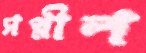
সপ্নীল